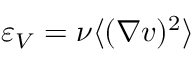
\varepsilon _ { V } = \nu \langle ( { \nabla v } ) ^ { 2 } \rangle